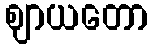
ဈာယတော